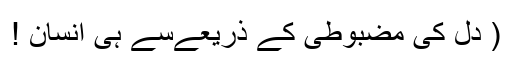
( دل کی مضبوطی کے ذریعےسے ہی انسان !